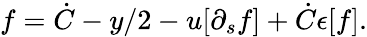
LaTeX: f=\dot{C}-y/2-u[\partial_{s}f]+\dot{C}\epsilon[f].